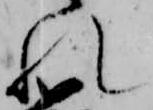
れ